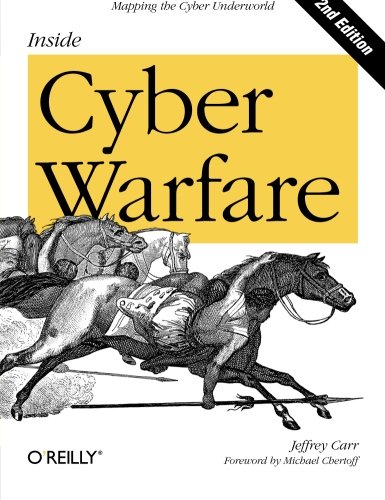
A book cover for Inside Cyber Warfare: Mapping the Cyber Underworld; Jeffrey Carr; Law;